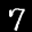
Label: 7